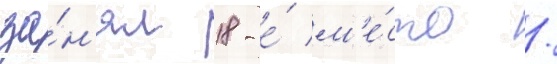
за́н'ял 18-е́ м'е́сто /